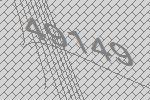
49149